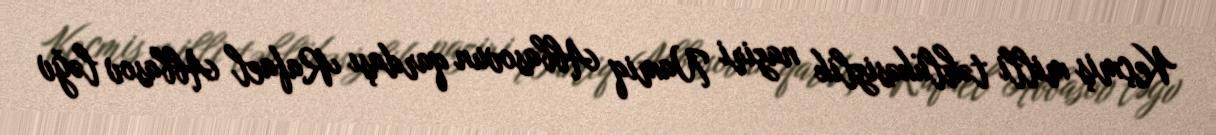
Keçmiş milli təhlükəsizlik naziri Namiq Abbasovun qardaşı Rafael Abbasov ləğv